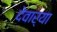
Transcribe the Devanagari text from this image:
देवार्या